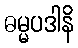
ဓမ္မပဒါနိ